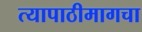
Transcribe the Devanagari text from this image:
त्यापाठीमागचा